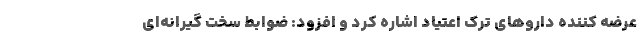
عرضه کننده دارو‌های ترک اعتیاد اشاره کرد و افزود: ضوابط سخت گیرانه‌ای